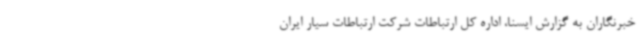
خبرنگاران به گزارش ایسنا، اداره کل ارتباطات شرکت ارتباطات سیار ایران